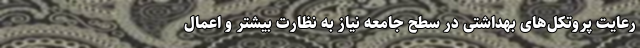
رعایت پروتکل‌های بهداشتی در سطح جامعه نیاز به نظارت‌ بیشتر و اعمال